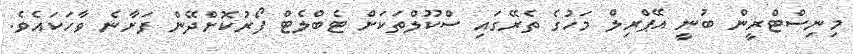
މިނިސްޓްރީން ބުނީ އޭޕްރިލް މަހުގެ ތެރޭގައި ސްކޫލްތަކަށް ޓެބްލެޓް ފޯރުކޮށްދޭން ފަށާނެ ވާހަކައެވެ.